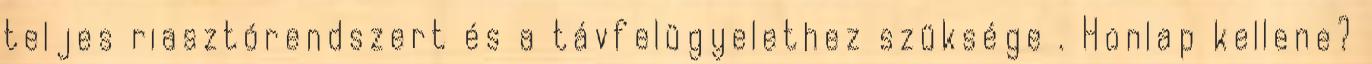
teljes riasztórendszert és a távfelügyelethez szüksége . Honlap kellene?